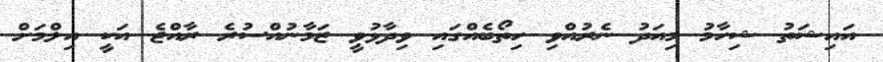
އައިޝަތު ޝިހާމު މިއަދު ނެރުއްވި ހިތޯބެއްގައި ވިދާޅުވީ ޒަމާނުއްސުރެ ރާއްޖެ އަކީ އިލްމަށް